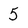
Character: 5